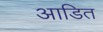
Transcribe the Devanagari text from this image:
आडित